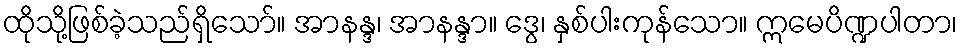
ထိုသို့ဖြစ်ခဲ့သည်ရှိသော်။ အာနန္ဒ၊ အာနန္ဒာ။ ဒွေ၊ နှစ်ပါးကုန်သော။ ဣမေပိဏ္ဍပါတာ၊